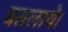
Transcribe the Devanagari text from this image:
बतलाये।